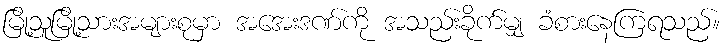
မြို့သူမြို့သားအများစုမှာ အအေးဒဏ်ကို အသည်းခိုက်မျှ ခံစားနေကြရသည်။